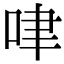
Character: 㖀